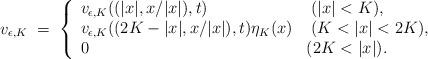
LaTeX: \begin{align*}v_{\epsilon,K}\;=\;\left\{\begin{array}{ll}v_{\epsilon,K}((|x|,x/|x|),t)&\; (|x|<K),\\v_{\epsilon,K}((2K-|x|,x/|x|),t)\eta_K(x)&\; (K<|x|<2K),\\0 & (2K<|x|).\end{array}\right.\end{align*}